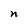
Character: n